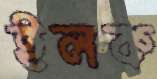
ইলক